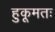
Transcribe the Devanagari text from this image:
हुकूमतः